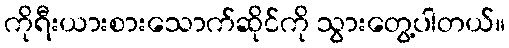
ကိုရီးယားစားသောက်ဆိုင်ကို သွားတွေ့ပါတယ်။